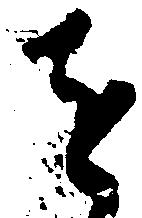
を